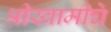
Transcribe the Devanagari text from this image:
श्रीस्वामीचे